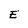
Character: E